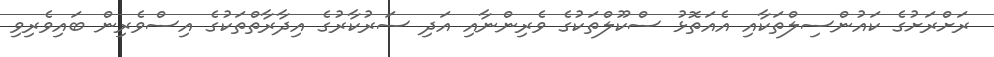
ރަށްރަށުގެ ކައުންސިލްތަކާއި އެއަތޮޅު ސްކޫލްތަކުގެ ވެރިންނާއި އަދި ސަރުކާރުގެ އިދާރާތްތަކުގެ އިސްވެރިން ބައިވެރިވި